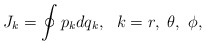
\begin{align*}J_k=\oint p_kdq_k,~~k=r,~\theta,~\phi,\end{align*}